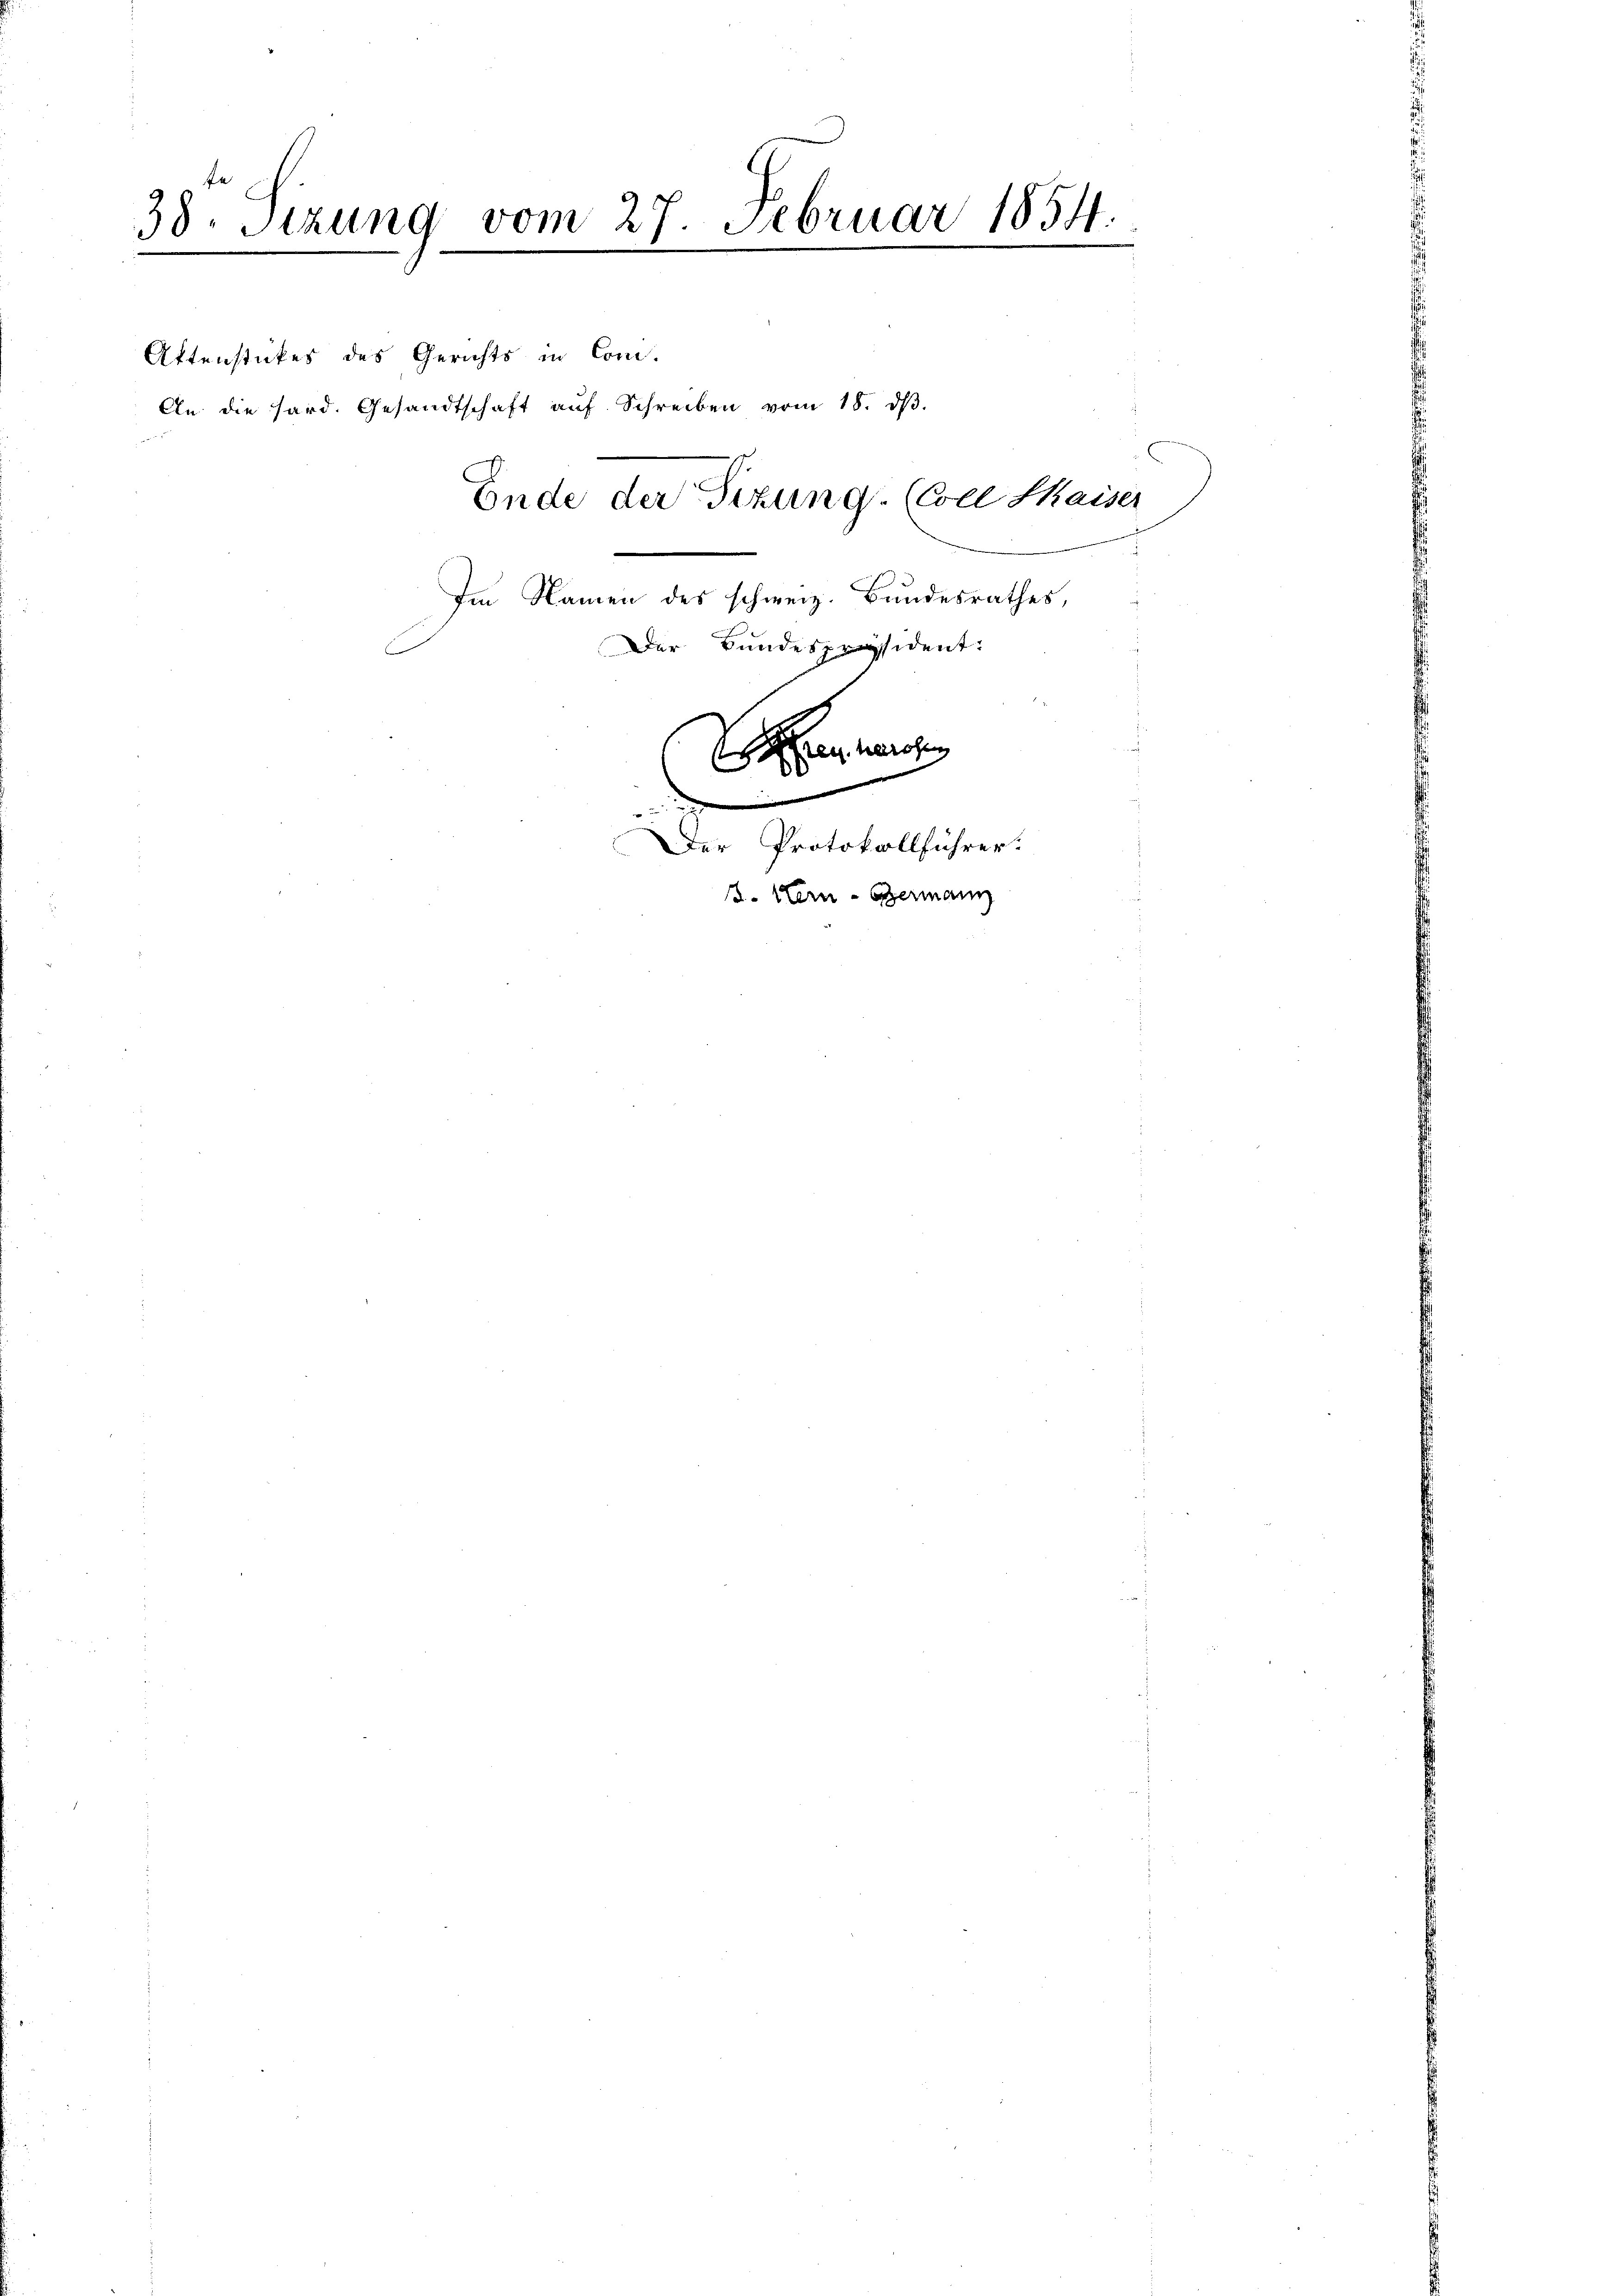
38. Sizung vom 27. Februar 1854.
dr g

Attenstückes des Gerichts in Com-
An die Hard. Gesandtschaft auf Schreiben vom 18. dβ.

Ende der Sizung. (Coll Kaiser
Im Namen des schweiz. Bundesrathes,
Der Bundespräsident:

e

is
eorien

Der Protokollführer.
B. Hern - Germann